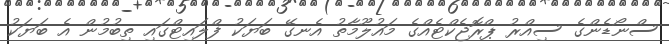
ސްނޯޑެންގެ ސިއްރު ޕްރޮޖެކްޓެއްގެ މައުލޫމާތު އެނގޭ ބަޔަކު ފްލައިޓްގައި ތިބުމުން އެ ބަޔަކު